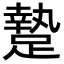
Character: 䠟